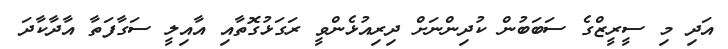
އަދި މި ސީރީޒްގެ ސަބަބުން ކުދިންނަށް ދިރިއުޅެންވީ ރަގަޅުގޮތާއި އާއިލީ ސަގާފަތާ އާދާކާދަ